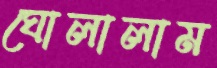
ঘোলালাম